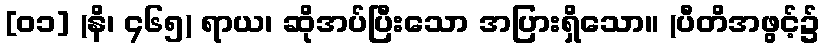
[၀၁] (နိ၊ ၄၆၅) ရာယ၊ ဆိုအပ်ပြီးသော အပြားရှိသော။ (ပီတိအဖွင့်၌